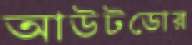
আউটডোর